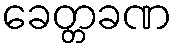
ခေတ္တခဏ